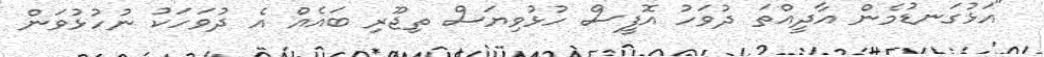
"އަޅުގަނޑުމެން އާދީއްތަ ދުވަހު އޮފީސް ހުޅުވިޔަސް ތިޖޫރި ބައެއް އެ ދުވަހަކު ނުހުޅުވަން